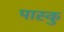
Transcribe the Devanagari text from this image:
पास्कु